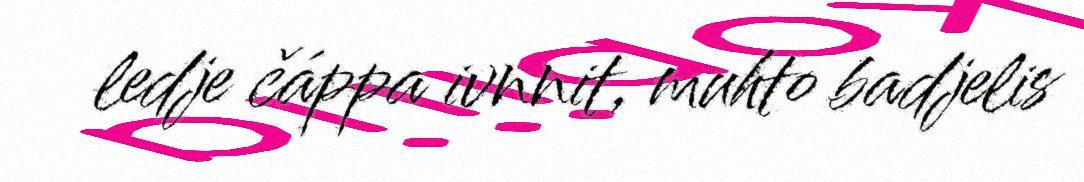
ledje čáppa ivnnit, muhto badjelis